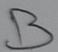
Text: B